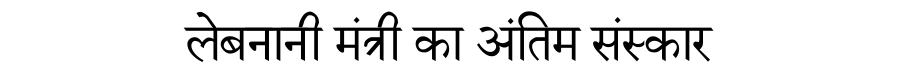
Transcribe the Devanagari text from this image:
लेबनानी मंत्री का अंतिम संस्कार